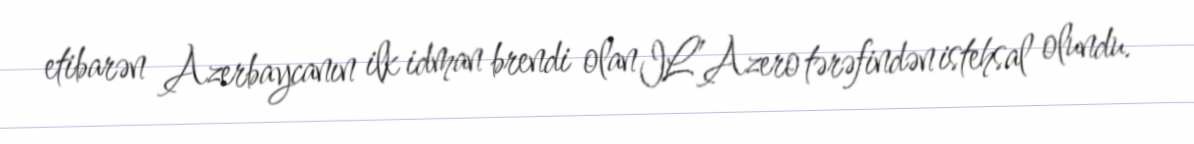
etibarən Azerbaycanın ilk idman brendi olan IL’Azero tərəfindən istehsal olundu.